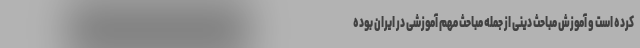
کرده است و آموزش مباحث دینی از جمله مباحث مهم آموزشی در ایران بوده